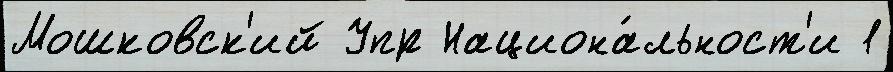
Мошковск'ий Упр Национа́льност'и 1